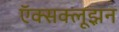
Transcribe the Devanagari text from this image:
ऍक्सक्लूझ़न